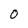
Character: 0